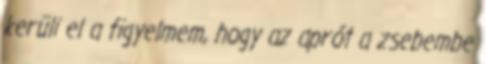
kerüli el a figyelmem, hogy az aprót a zsebembe